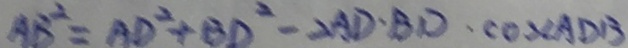
A B ^ { 2 } = A D ^ { 2 } + B D ^ { 2 } - 2 A D \cdot B D \cdot \cos \angle A D B